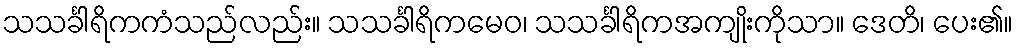
သသင်္ခါရိကကံသည်လည်း။ သသင်္ခါရိကမေဝ၊ သသင်္ခါရိကအကျိုးကိုသာ။ ဒေတိ၊ ပေး၏။